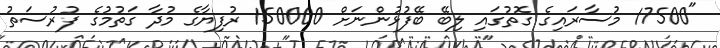
"17500 މުސާރައިގެ ގޮތުގައި ލިބޭ ބޭފުޅުންނަށް 150000 ރުފިޔާގެ މުދާ ގަތުމުގެ ފުރުސަތު